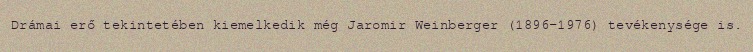
Drámai erő tekintetében kiemelkedik még Jaromir Weinberger (1896–1976) tevékenysége is.